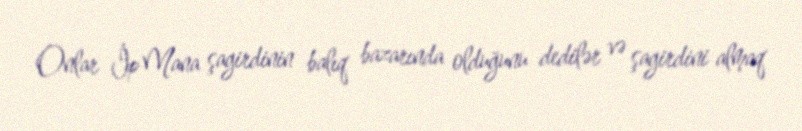
Onlar İp Mana şagirdinin balıq bazarında olduğunu dedilər və şagirdini almaq